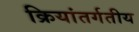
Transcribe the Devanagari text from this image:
क्रियांतर्गतीय